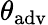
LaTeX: \theta_{\mathrm{adv}}